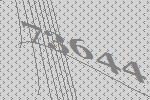
73644